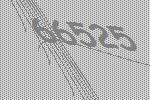
66525